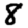
Digit: 8